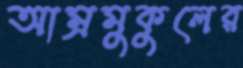
আম্রমুকুলের